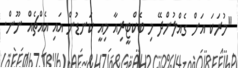
"މުރަކަ އަށް ގެއްލުންދޭ މި ބެކްޓީރިއާ މިއީ ކަނޑުން އައި އެއްޗެއް ނޫން.